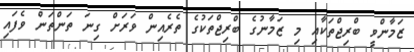
ޒަމާންވީ ބްރިޖްތަކާއި މި ޒަމާނުގެ ބްރިޖްތަކުގެ ތެރެއިން ވަރަށް ގިނަ ތަންތަން ވެފައި